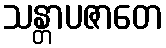
သန္တာပဇာတေ